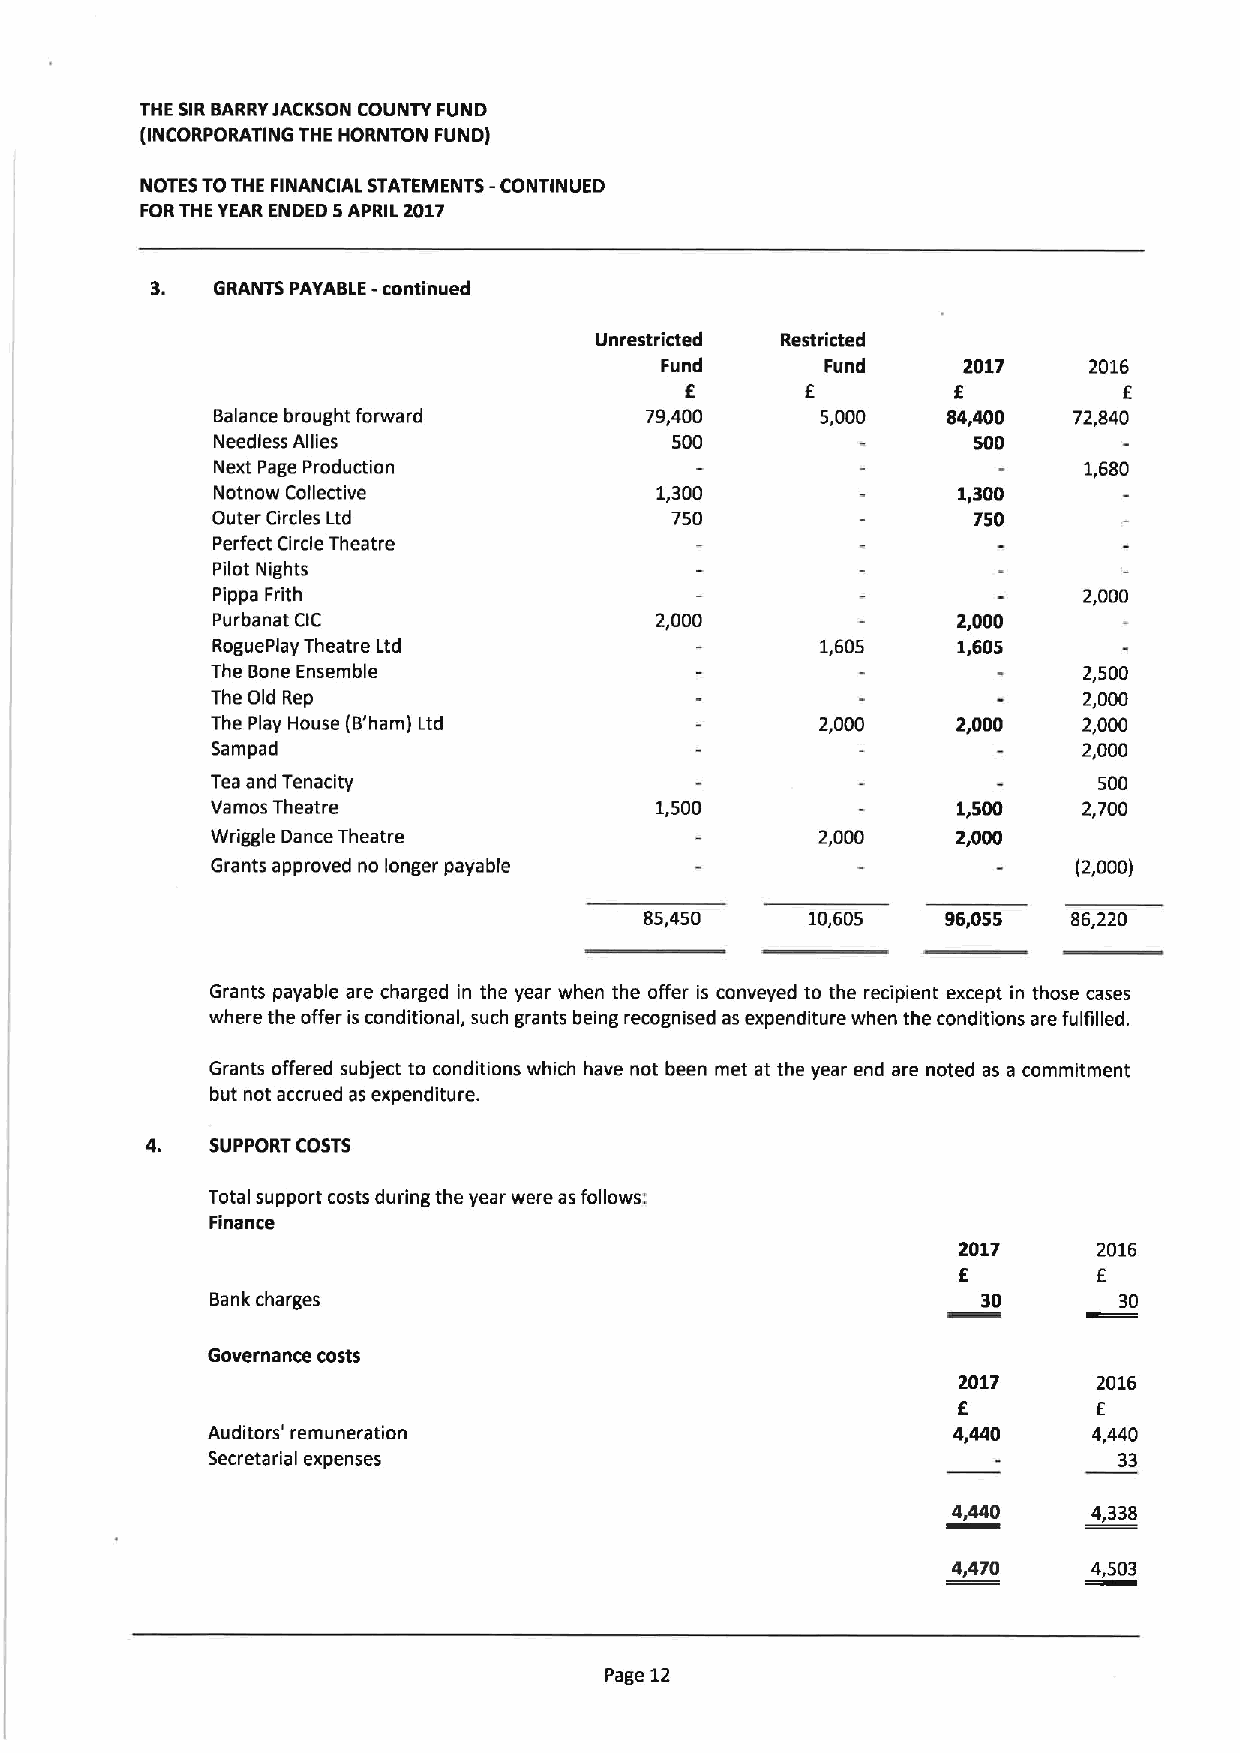
THE SIRBARRYJACKSON COUNTY FUND
 (INCORPORATING THE HORNTON FUND)
 -
 NOTES TOTHE FINANCIAL STATEMENTS CONTINUED
 FORTHE YEAR ENDED 5APRIL 2017
 3.  GRANTS PAYABLE -conti'nued
 Unrestricted Restricted
 Fund       Fund     2017    2016
 f       f         f          f
 Balance brought forward      79,400     5,000    84,400  72,840
 Needless Allies               500                 500
 Next Page Production                                      1,680
 Notnow Collective            1,300               1,300
 Outer Circles Ltd             750                 750
 Perfect Circle Theatre
 Pilot Nights
 Pippa Frith                                               2,000
 Purbanat CIC                 2,000               2,000
 RoguePlay Theatre Ltd                   1,605    1,605
 The Bone Ensemble                                         2,500
 The Old Rep                                               2,000
 The Play House (8'ham) Ltd              2,000    2,000    2,000
 Sampad                                                    2,000
 Tea and Tenacity                                           500
 Vamos Theatre                1,500               1,500    2,700
 Wriggle Dance Theatre                   2,000    2,000
 Grants approved no longer payable                        (2,000)
 85,450     10,605   96,055  86,220
 Grants payable are charged in the year when the offer is conveyed to the recipient except in those cases
 where the offer is conditional, such grants being recognised as expenditure when the conditions are fulfilled.
 Grants offered subject to conditions which have not been met at the year end are noted as a commitment
 but not accrued as expenditure.
 SUPPORT COSTS
 Total support costs during the year were as follows:
 Finance
 2017      2016
 f
 E
 Bank charges                                       30       30
 Governance costs
 2017      2016
 F.        E
 Auditors' remuneration                           4,440    4,440
 Secretarial expenses                                        33
 4,440    4,338
 4,470    4,503
 Page 12